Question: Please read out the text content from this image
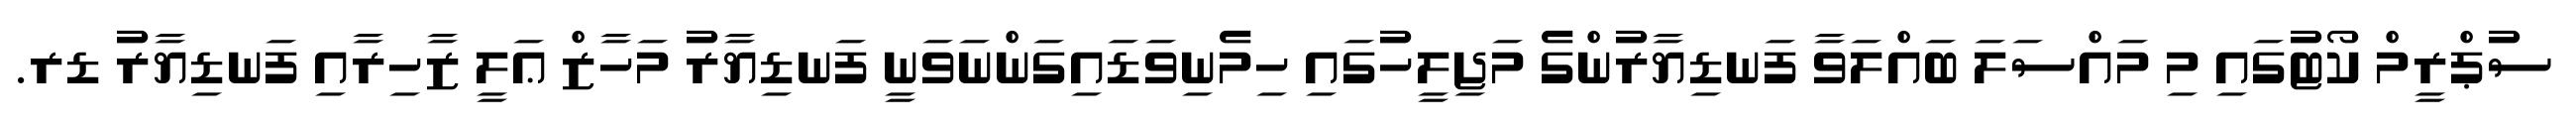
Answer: ސުޕްރީމް ކޯޓުގައި މި މައްސަލަ ބައްލަވާ ފަނޑިޔާރުންގެ މަޖިލީހުގައި ހިމެނިވަޑައިގަންނަވަނީ ފަނޑިޔާރު މަހާޒް ޢަލީ ޒާހިރާއި ފަނޑިޔާރު ޑރ.